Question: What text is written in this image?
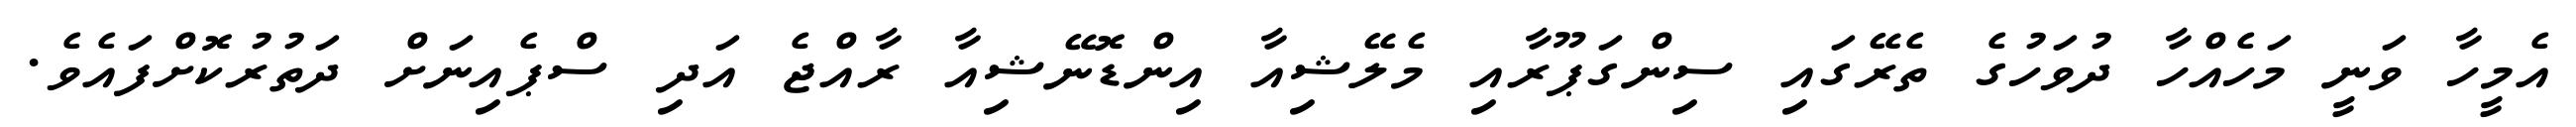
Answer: އެމީހާ ވަނީ މަހެއްހާ ދުވަހުގެ ތެރޭގައި ސިންގަޕޫރާއި މެލޭޝިއާ އިންޑޮނޭޝިއާ ރާއްޖެ އަދި ސްޕެއިނަށް ދަތުރުކޮށްފައެވެ.